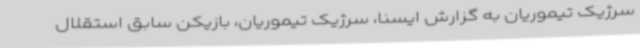
سرژیک تیموریان به گزارش ایسنا، سرژیک تیموریان، بازیکن سابق استقلال